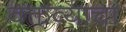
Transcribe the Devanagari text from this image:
वक्तव्याचा